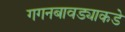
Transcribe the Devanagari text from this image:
गगनबावड्याकडे